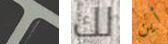
تراك لك أين